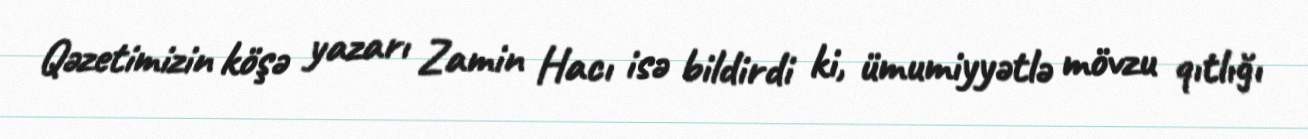
Qəzetimizin köşə yazarı Zamin Hacı isə bildirdi ki, ümumiyyətlə mövzu qıtlığı